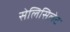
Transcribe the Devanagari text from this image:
सेलिसिलेट